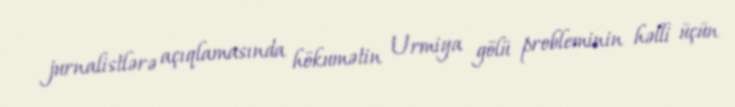
jurnalistlərə açıqlamasında hökumətin Urmiya gölü probleminin həlli üçün